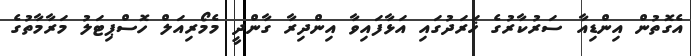
އެގޮތުން އިންޑިއާ ސަރުކާރުގެ ޚަރަދުގައި އަޅާފައިވާ އިންދިރާ ގާންދީ މެމޯރިއަލް ހޮސްޕިޓަލު މަރާމާތުގެ